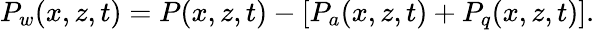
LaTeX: \begin{array}{r}{P_{w}(x,z,t)=P(x,z,t)-\left[P_{a}(x,z,t)+P_{q}(x,z,t)\right].}\end{array}